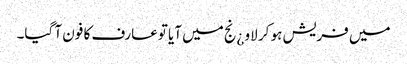
میں فریش ہو کر لاو ¿نج میں آیا توعارف کا فون آ گیا۔